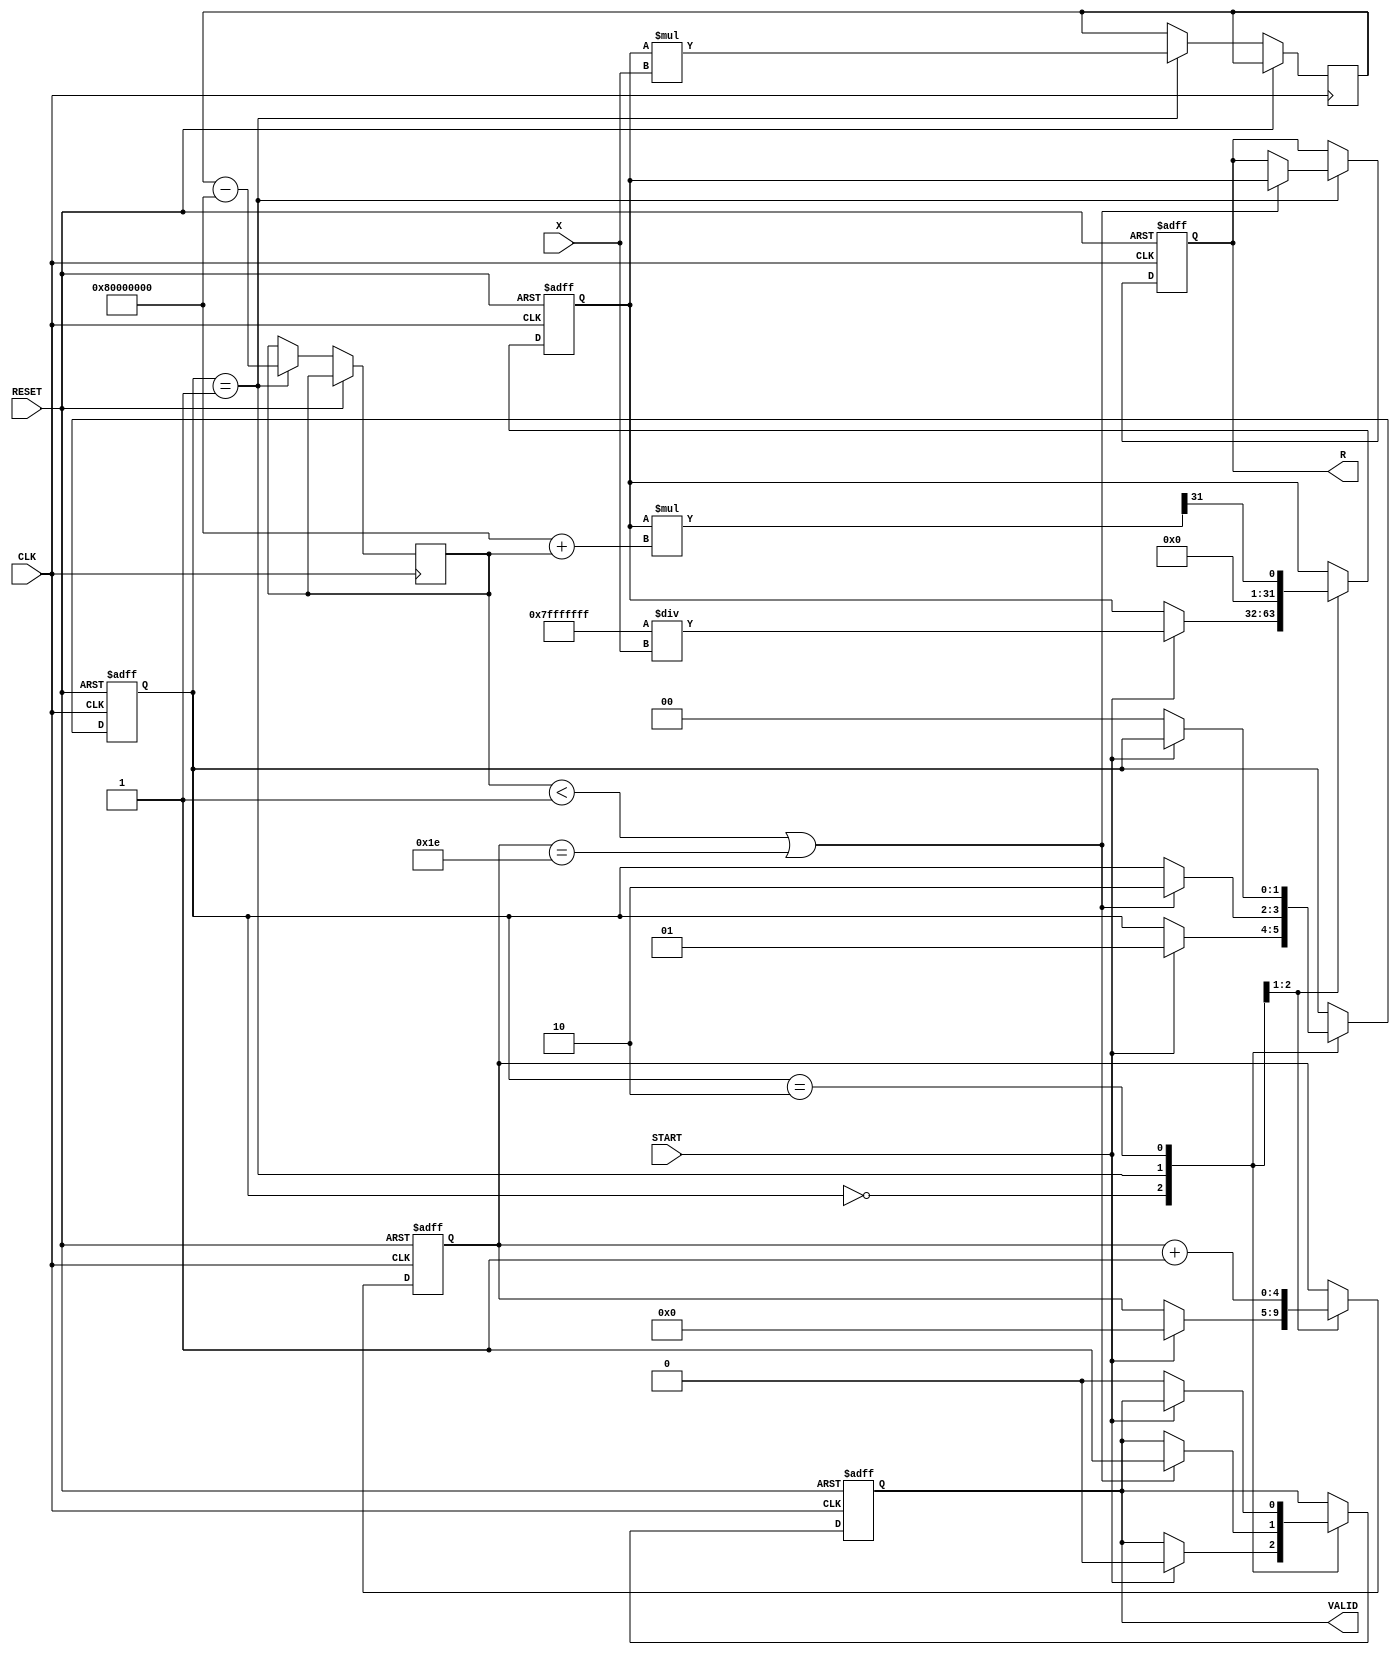
module iterative_reciprocal (
    input wire [31:0] X,         // Input value (Q1.31 format)
    input wire START,            // Start signal
    input wire CLK,              // Clock signal
    input wire RESET,            // Reset signal
    output reg [31:0] R,         // Reciprocal result (Q1.31 format)
    output reg VALID             // Valid signal
);

    reg [31:0] approximation;     // Current approximation of the reciprocal
    reg [31:0] product;           // Product of approximation and input
    reg [31:0] difference;        // Difference for convergence check
    reg [4:0] iteration_count;    // Counter for iterations
    reg [1:0] state;              // State variable

    localparam IDLE       = 2'b00;
    localparam ITERATE    = 2'b01;
    localparam DONE       = 2'b10;

    // Initial guess for reciprocal (1/X)
    wire [31:0] initial_guess = 32'h7FFFFFFF / X; // Approximation of 1/X

    // Convergence threshold
    localparam CONVERGENCE_THRESHOLD = 32'h00000001; // Define a suitable threshold

    always @(posedge CLK or posedge RESET) begin
        if (RESET) begin
            R <= 32'b0;
            VALID <= 1'b0;
            approximation <= 32'b0;
            iteration_count <= 5'b0;
            state <= IDLE;
        end else begin
            case (state)
                IDLE: begin
                    if (START) begin
                        approximation <= initial_guess; // Set initial guess
                        iteration_count <= 5'b0;
                        VALID <= 1'b0;
                        state <= ITERATE;
                    end
                end

                ITERATE: begin
                    // Compute the product: approximation * X
                    product <= approximation * X;

                    // Compute the difference: product - 1
                    difference <= product - 32'h80000000; // 1 in Q1.31 format

                    // Update approximation using Newton-Raphson formula
                    approximation <= approximation * (32'h80000000 + difference) >> 31; // approximation * (1 - (product - 1))

                    // Increment iteration count
                    iteration_count <= iteration_count + 1;

                    // Check for convergence
                    if ((difference < CONVERGENCE_THRESHOLD) || (iteration_count == 5'd30)) begin
                        R <= approximation; // Store the final result
                        VALID <= 1'b1;      // Signal that the result is valid
                        state <= DONE;      // Transition to DONE state
                    end
                end

                DONE: begin
                    // Wait for the next START signal
                    if (!START) begin
                        VALID <= 1'b0;      // Reset valid signal
                        state <= IDLE;      // Transition back to IDLE
                    end
                end
            endcase
        end
    end
endmodule